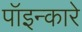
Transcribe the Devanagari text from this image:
पॉइन्कारे